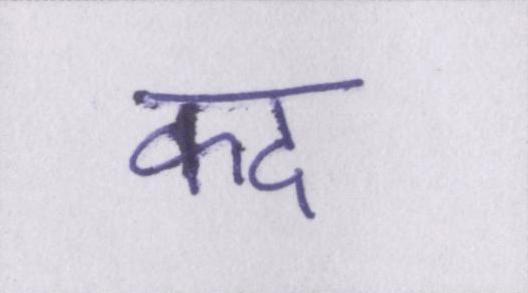
कद